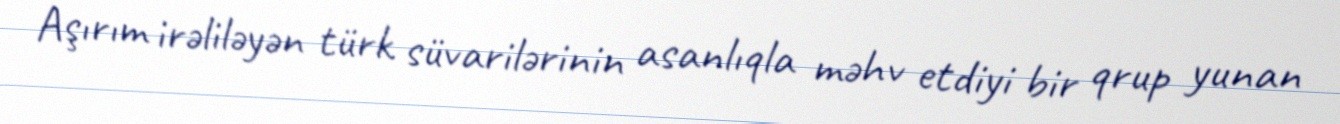
Aşırım irəliləyən türk süvarilərinin asanlıqla məhv etdiyi bir qrup yunan